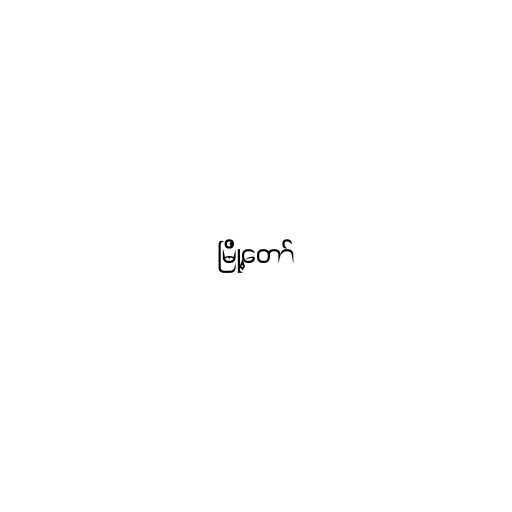
မြို့တော်